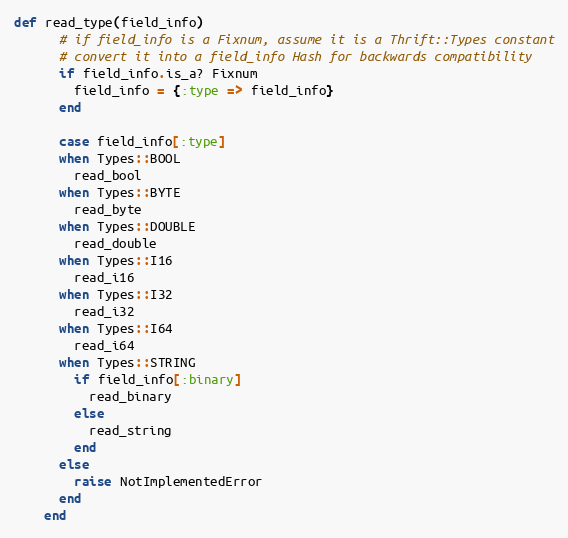
Language: Ruby
def read_type(field_info)
      # if field_info is a Fixnum, assume it is a Thrift::Types constant
      # convert it into a field_info Hash for backwards compatibility
      if field_info.is_a? Fixnum
        field_info = {:type => field_info}
      end

      case field_info[:type]
      when Types::BOOL
        read_bool
      when Types::BYTE
        read_byte
      when Types::DOUBLE
        read_double
      when Types::I16
        read_i16
      when Types::I32
        read_i32
      when Types::I64
        read_i64
      when Types::STRING
        if field_info[:binary]
          read_binary
        else
          read_string
        end
      else
        raise NotImplementedError
      end
    end